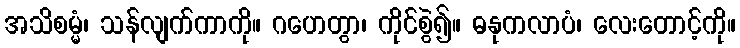
အသိစမ္မံ၊ သန်လျက်ကာကို။ ဂဟေတွာ၊ ကိုင်စွဲ၍။ ဓနုကလာပံ၊ လေးတောင့်ကို။